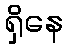
ရှိနေ